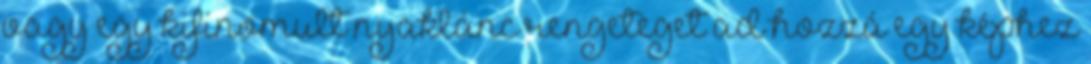
vagy egy kifinomult nyaklánc rengeteget ad hozzá egy képhez